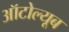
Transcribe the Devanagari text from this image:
ऑटोल्यूब